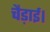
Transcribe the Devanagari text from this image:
चैड़ाई।